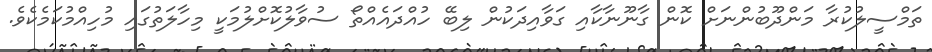
ތަމްސީލުކުރާ މަންދޫބުންނަށް ކޮން ގާނޫނާކާއި ގަވާއިދަކުން ލިބޭ ހުއްދައެއްތޯ ސުވާލުކޮށްލުމަކީ މިހާލަތުގައި މުހިއްމުކަމެކެވެ.